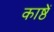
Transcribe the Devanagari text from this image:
काष्ठें